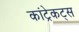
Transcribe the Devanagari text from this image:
कांट्रेकट्स